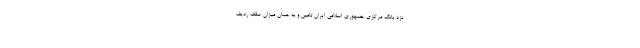
نزد بانک مرکزی جمهوری اسلامی ایران تامین و به همان میزان سقف ردیف